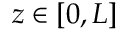
z \in [ 0 , L ]